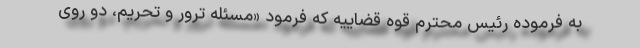
به فرموده رئیس محترم قوه قضاییه که فرمود «مسئله ترور و تحریم، دو روی